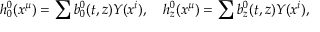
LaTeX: { h _ { 0 } ^ { 0 } } ( x ^ { \mu } ) = \sum { b _ { 0 } ^ { 0 } } ( t , z ) Y ( x ^ { i } ) , \quad { h _ { z } ^ { 0 } } ( x ^ { \mu } ) = \sum { b _ { z } ^ { 0 } } ( t , z ) Y ( x ^ { i } ) ,